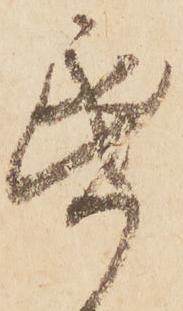
帋